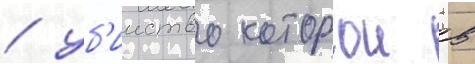
/ уб'ииство которои в